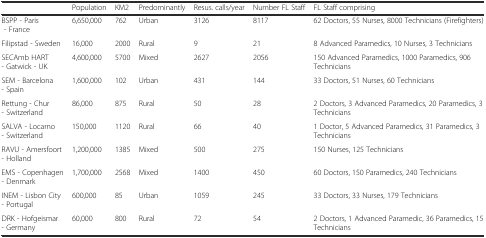
<table><thead><tr><td></td><td><b>Population</b></td><td><b>KM2</b></td><td><b>Predominantly</b></td><td><b>Resus. calls/year</b></td><td><b>Number FL Staff</b></td><td><b>FL Staff comprising</b></td></tr></thead><tbody><tr><td>BSPP - Paris - France</td><td>6,650,000</td><td>762</td><td>Urban</td><td>3126</td><td>8117</td><td>62 Doctors, 55 Nurses, 8000 Technicians (Firefighters)</td></tr><tr><td>Filipstad - Sweden</td><td>16,000</td><td>2000</td><td>Rural</td><td>9</td><td>21</td><td>8 Advanced Paramedics, 10 Nurses, 3 Technicians</td></tr><tr><td>SECAmb HART - Gatwick - UK</td><td>4,600,000</td><td>5700</td><td>Mixed</td><td>2627</td><td>2056</td><td>150 Advanced Paramedics, 1000 Paramedics, 906 Technicians</td></tr><tr><td>SEM - Barcelona - Spain</td><td>1,600,000</td><td>102</td><td>Urban</td><td>431</td><td>144</td><td>33 Doctors, 51 Nurses, 60 Technicians</td></tr><tr><td>Rettung - Chur - Switzerland</td><td>86,000</td><td>875</td><td>Rural</td><td>50</td><td>28</td><td>2 Doctors, 3 Advanced Paramedics, 20 Paramedics, 3 Technicians</td></tr><tr><td>SALVA - Locarno - Switzerland</td><td>150,000</td><td>1120</td><td>Rural</td><td>66</td><td>40</td><td>1 Doctor, 5 Advanced Paramedics, 31 Paramedics, 3 Technicians</td></tr><tr><td>RAVU - Amersfoort - Holland</td><td>1,200,000</td><td>1385</td><td>Mixed</td><td>500</td><td>275</td><td>150 Nurses, 125 Technicians</td></tr><tr><td>EMS - Copenhagen - Denmark</td><td>1,700,000</td><td>2568</td><td>Mixed</td><td>1400</td><td>450</td><td>60 Doctors, 150 Paramedics, 240 Technicians</td></tr><tr><td>INEM - Lisbon City - Portugal</td><td>600,000</td><td>85</td><td>Urban</td><td>1059</td><td>245</td><td>33 Doctors, 33 Nurses, 179 Technicians</td></tr><tr><td>DRK - Hofgeismar - Germany</td><td>60,000</td><td>800</td><td>Rural</td><td>72</td><td>54</td><td>2 Doctors, 1 Advanced Paramedic, 36 Paramedics, 15 Technicians</td></tr></tbody></table>